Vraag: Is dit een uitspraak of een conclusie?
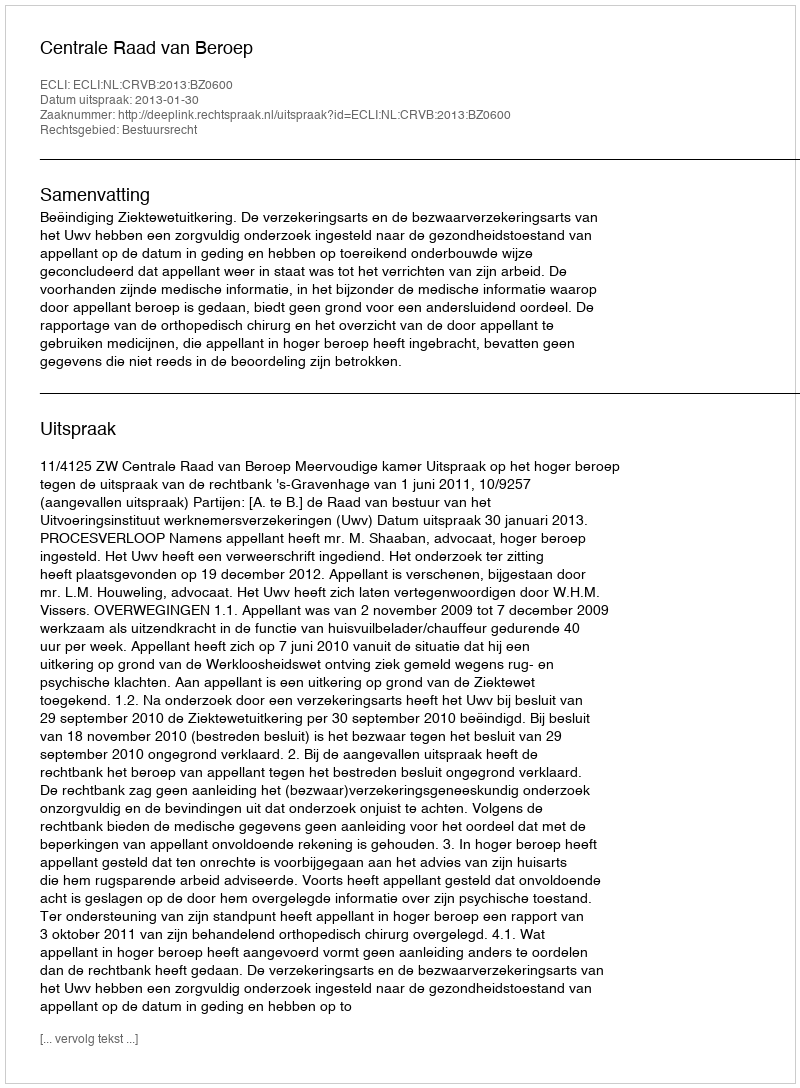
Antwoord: Uitspraak